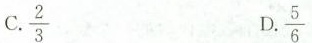
C.\frac{2}{3} D.\frac{5}{6}